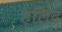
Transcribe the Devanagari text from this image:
हलिंद